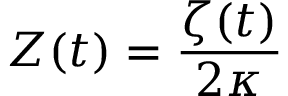
Z ( t ) = \frac { \zeta ( t ) } { 2 \kappa }